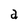
Character: a